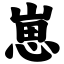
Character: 崽